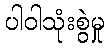
ပါဝါသုံးစွဲမှု